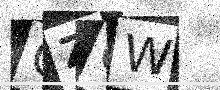
Text: CZQW